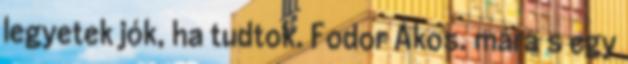
legyetek jók, ha tudtok. Fodor Ákos. mára s egy